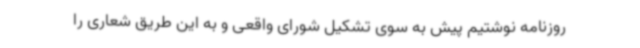
روزنامه نوشتیم پیش به سوی تشکیل شورای واقعی و به این طریق شعاری را